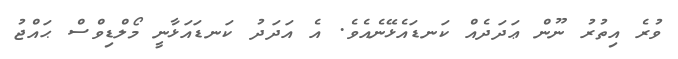
ވުރެ އިތުރު ނޫން ޢަދަދެއް ކަނޑައެޅޭނެއެވެ. އެ އަދަދު ކަނޑައަޅާނީ މޯލްޑިވްސް ޙައްޖު